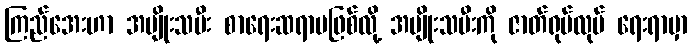
ကြည်အေးဟာ အမျိုးသမီး စာရေးဆရာမဖြစ်လို့ အမျိုးသမီးကို ဇာတ်ရုပ်လုပ် ရေးရာမှာ